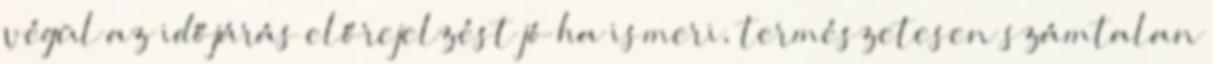
végül az időjárás előrejelzést jó ha ismeri, természetesen számtalan